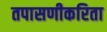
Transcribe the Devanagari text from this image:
तपासणीकरिता